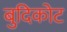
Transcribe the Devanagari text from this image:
बुदिकोट